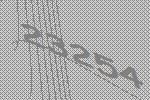
23254